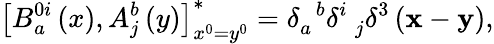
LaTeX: \left[B_{a}^{0i}\left(x\right),A_{j}^{b}\left(y\right)\right]_{x^{0}=y^{0}}^{*}=\delta_{a}^{\; \; b}\delta_{\; \; j}^{i}\delta^{3}\left({\mathbf x}-{\mathbf y}\right),